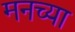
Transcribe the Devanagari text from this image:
मनच्या